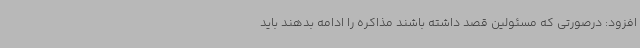
افزود: درصورتی که مسئولین قصد داشته باشند مذاکره را ادامه بدهند باید